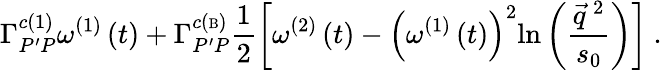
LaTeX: \Gamma_{P^{\prime}P}^{c\left(1\right)}\omega^{\left(1\right)}\left(t\right)+\Gamma_{P^{\prime}P}^{c\left({\mathrm{\scriptsize{B}}}\right)}\frac{1}{2}\left[\omega^{\left(2\right)}\left(t\right)-\left(\omega^{\left(1\right)}\left(t\right)\right)^{2}\mathrm{ln}\left(\frac{\vec{q}^{~2}}{s_{0}}\right)\right]\mathrm{\ .}